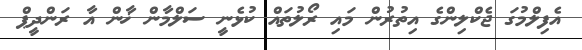
އެފިލްމުގަ ޖެކްލިންގެ އިތުރުން މައި ރޯލުތައް ކުޅެނީ ސަލްމާން ޚާން އާ ރަންދީޕް